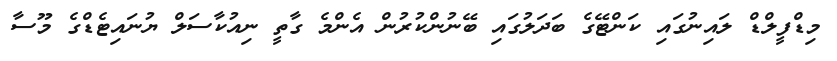
މިޑްފީލްޑް ލައިނުގައި ކަންޓޭގެ ބަދަލުގައި ބޭނުންކުރުން އެންމެ ގާތީ ނިއުކާސަލް ޔުނައިޓެޑްގެ މޫސާ